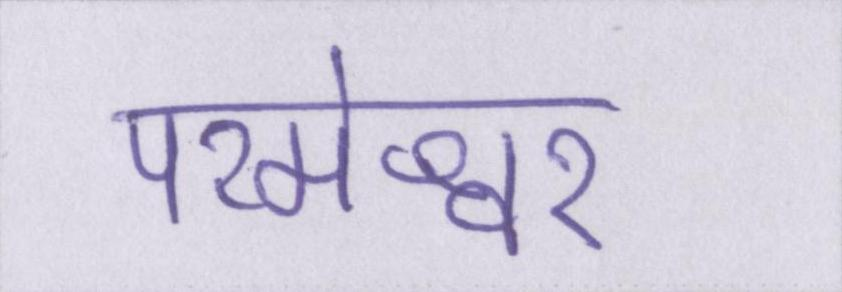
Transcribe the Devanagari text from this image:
परमेश्वर